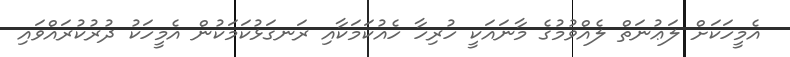
އެމީހަކަށް ލަޢުނަތް ލެއްވުމުގެ މާނައަކީ ހުރިހާ ހެއުކަމަކާއި ރަނގަޅުކަމަކުން އެމީހަކު ދުރުކުރައްވައި